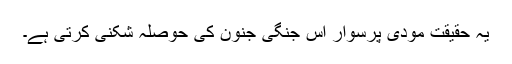
یہ حقیقت مودی پرسوار اس جنگی جنون کی حوصلہ شکنی کرتی ہے۔